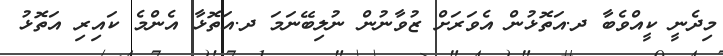
މިދެނީ ކީއްވެބާ ދ.އަތޮޅުން އެވަރަށް ޒުވާނުން ނުލިބޭނަމަ ދ.އަތޮޅާ އެންމެ ކައިރި އަތޮޅު